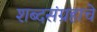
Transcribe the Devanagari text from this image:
शब्दसंग्रहाचे